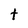
Character: t